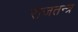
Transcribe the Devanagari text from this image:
राजतन्‍त्र